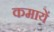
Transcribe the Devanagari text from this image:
कमायें